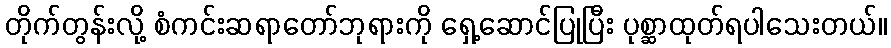
တိုက်တွန်းလို့ စံကင်းဆရာတော်ဘုရားကို ရှေ့ဆောင်ပြုပြီး ပုစ္ဆာထုတ်ရပါသေးတယ်။